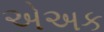
એઅક